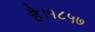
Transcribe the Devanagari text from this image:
है।१८५७